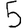
Digit: 5